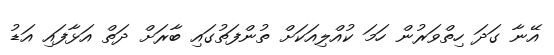
އޭނާ ގަދަ ހިތްވަރުން ހަމަ ކުއްލިއަކަށް ތުންފަތުގައި ބާރަށް ދަތް އަޅާފައި އަޑު